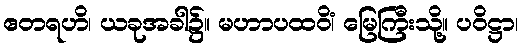
ဧတရဟိ၊ ယခုအခါ၌။ မဟာပထဝိံ၊ မြေကြီးသို့။ ပဝိဋ္ဌာ၊